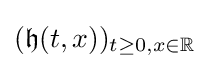
({\mathfrak {h}}(t,x))_{t\geq 0,x\in \mathbb {R} }